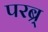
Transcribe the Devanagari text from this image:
परब्र्